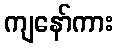
ကျနော်ကား